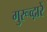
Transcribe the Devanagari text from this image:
गुरूव्‍द़ारें